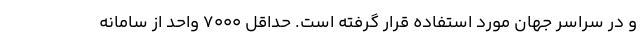
و در سراسر جهان مورد استفاده قرار گرفته است. حداقل 7000 واحد از سامانه